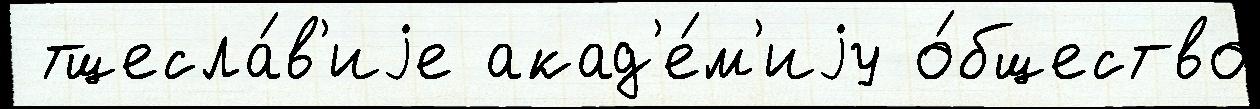
 тщесла́в'иjе акад'е́м'иjу о́бщество